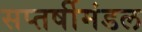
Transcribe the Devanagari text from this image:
सप्तर्षीमंडल